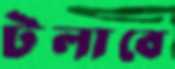
টলাবে